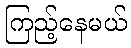
ကြည့်နေမယ်